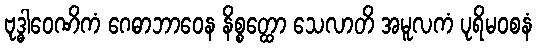
ဗုဒ္ဓါဝေဏိကံ ဂေဓာဘာဝေန နိစ္စတ္ထော သေလာတိ အမူလကံ ပုရိမဝစနံ